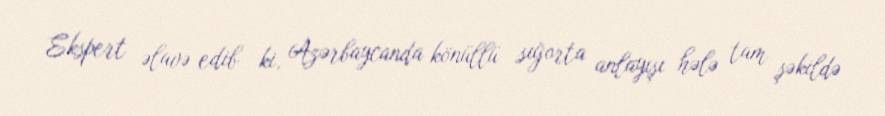
Ekspert əlavə edib ki, Azərbaycanda könüllü sığorta anlayışı hələ tam şəkildə